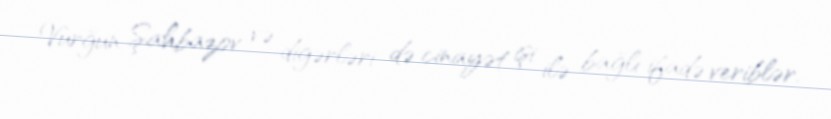
Vurğun Şahbazov və digərləri də cinayət işi ilə bağlı ifadə veriblər.